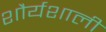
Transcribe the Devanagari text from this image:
शौर्यशाली